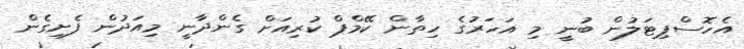
އެހޮސްޕިޓަލުން ބުނީ މި އަހަރުގެ ހިތާން ކޭމްޕް ކުރިއަށް ގެންދާނީ މިއަދުން ފެށިގެން